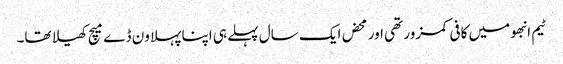
ٹیم انبھو میں کافی کمزور تھی اور محض ایک سال پہلے ہی اپنا پہلا ون ڈے میچ کھیلا تھا۔